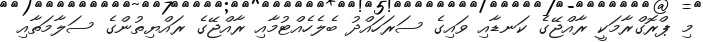
މި ޕްރޮގްރާމަކީ ރާއްޖޭގެ ކަނޑާއި ވައިގެ ސަރަހައްދު ބެލެހެއްޓުމާއި ރާއްޖޭގެ ރައްޔިތުންގެ ސަލާމަތާއި